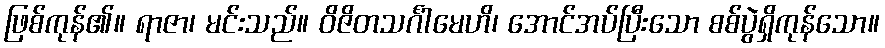
ဖြစ်ကုန်၏။ ရာဇာ၊ မင်းသည်။ ဝိဇိတသင်္ဂါမေဟိ၊ အောင်အပ်ပြီးသော စစ်ပွဲရှိကုန်သော။